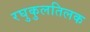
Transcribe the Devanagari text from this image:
रघुकुलतिलक